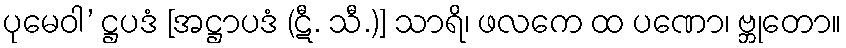
ပုမေဝါ’ ဋ္ဌပဒံ [အဋ္ဌာပဒံ (ဋီ. သီ.)] သာရိ၊ ဖလကေ ထ ပဏော၊ ဗ္ဘုတော။